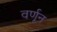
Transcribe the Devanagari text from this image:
वर्णून